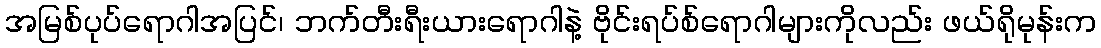
အမြစ်ပုပ်ရောဂါအပြင်၊ ဘက်တီးရီးယားရောဂါနဲ့ ဗိုင်းရပ်စ်ရောဂါများကိုလည်း ဖယ်ရိုမုန်းက